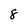
Character: 8